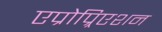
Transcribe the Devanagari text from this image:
एप्रोप्र्रिएशन